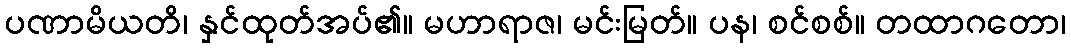
ပဏာမိယတိ၊ နှင်ထုတ်အပ်၏။ မဟာရာဇ၊ မင်းမြတ်။ ပန၊ စင်စစ်။ တထာဂတော၊